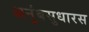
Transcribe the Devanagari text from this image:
अनुंबसुधारस